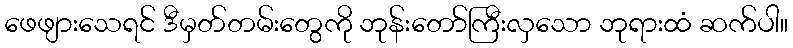
ဖေဖျားသေရင် ဒီမှတ်တမ်းတွေကို ဘုန်းတော်ကြီးလှသော ဘုရားထံ ဆက်ပါ။